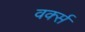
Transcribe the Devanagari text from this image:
वर्क्स